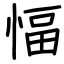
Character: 愊